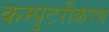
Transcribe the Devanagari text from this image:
कम्पुटरीकरण